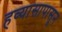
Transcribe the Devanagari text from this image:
हव्यासापासून